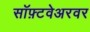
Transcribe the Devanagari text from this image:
सॉफ़्टवेअरवर